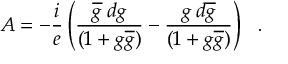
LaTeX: \partial _ { { \tilde { X } } _ { i } } = \left( R ^ { 2 } \delta _ { i j } - 2 X _ { i } X _ { j } \right) \partial _ { X _ { j } } .